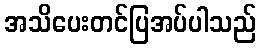
အသိပေးတင်ပြအပ်ပါသည်